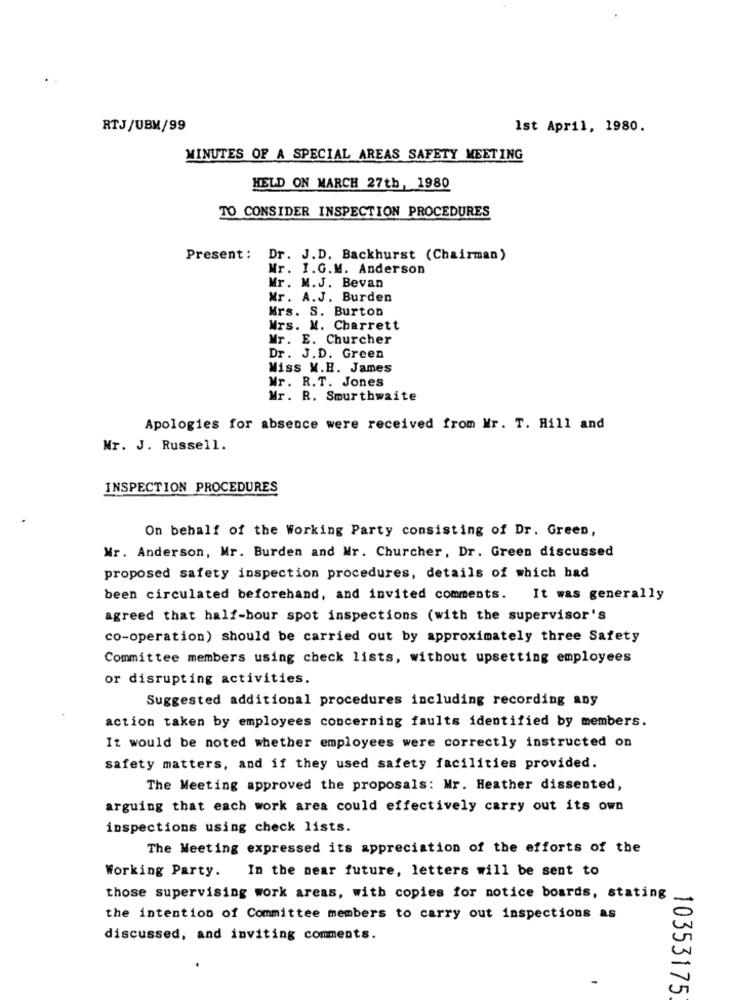
RTJ/UBM/99
Ist April, 1980.
MINUTES OF A SPECIAL AREAS SAFETY MEETING
HELD ON MARCH 27th, 1980
TO CONSIDER INSPECTION PROCEDURES
Present: Dr. J.D. Backhurst (Chairman)
Mr. I.G.M. Anderson
Mr. M.J. Bevan
Mr. A.J. Burden
Mrs. S. Burton
Wrs. M. Charrett
Mr. E. Churcher
Dr. J.D. Green
Miss M.H. James
Mr. R.T. Jones
Mr. R. Smurthwaite
Apologies for absence were received from Mr. T. Hill and
Mr. J. Russell.
INSPECTION PROCEDURES
On behalf of the Working Party consisting of Dr. Green,
Mr. Anderson, Mr. Burden and Mr. Churcher, Dr. Green discussed
proposed safety inspection procedures, details of which had
been circulated beforehand, and invited comments.
It was generally
agreed that half-hour spot inspections (with the supervisor's
co-operation) should be carried out by approximately three Safety
Committee members using check lists, without upsetting employees
or disrupting activities.
Suggested additional procedures including recording any
action taken by employees concerning faults identified by members.
It would be noted whether employees were correctly instructed on
safety matters, and if they used safety facilities provided.
The Meeting approved the proposals: Mr. Heather dissented,
arguing that each work area could effectively carry out its own
inspections using check lists.
The Meeting expressed its appreciation of the efforts of the
Working Party.
In the near future, letters will be sent to
those supervising work areas, with copies for notice boards, stating
the intention of Committee members to carry out inspections as
discussed, and inviting comments.
10353175